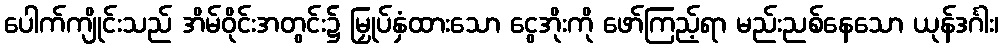
ပေါက်ကျိုင်းသည် အိမ်ဝိုင်းအတွင်း၌ မြှုပ်နှံထားသော ငွေအိုးကို ဖော်ကြည့်ရာ မည်းညစ်နေသော ယုန်ဒင်္ဂါး၊